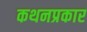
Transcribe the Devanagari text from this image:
कथनप्रकार